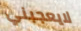
لايعجبني